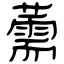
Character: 薷